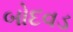
બોદવડ